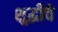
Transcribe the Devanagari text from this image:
शुद्धीचे